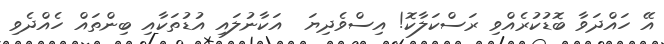
އޭ ހައްދަވާ ބޮޑުކުރެއްވި ރަސްކަލާކޮ! އިސްވެދިޔަ  އަކާނުލައި އުޑުތަކާއި ބިންތައް ހެއްދެވި